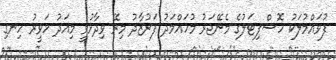
ފުވައްމުލަކު ހޮސްޕިޓަލުގެ މެނޭޖަރު މުހައްމަދު ފަރުޒާދު މިރޭ ވިދާޅުވީ މިއަދު ހަވީރު ހިނގި